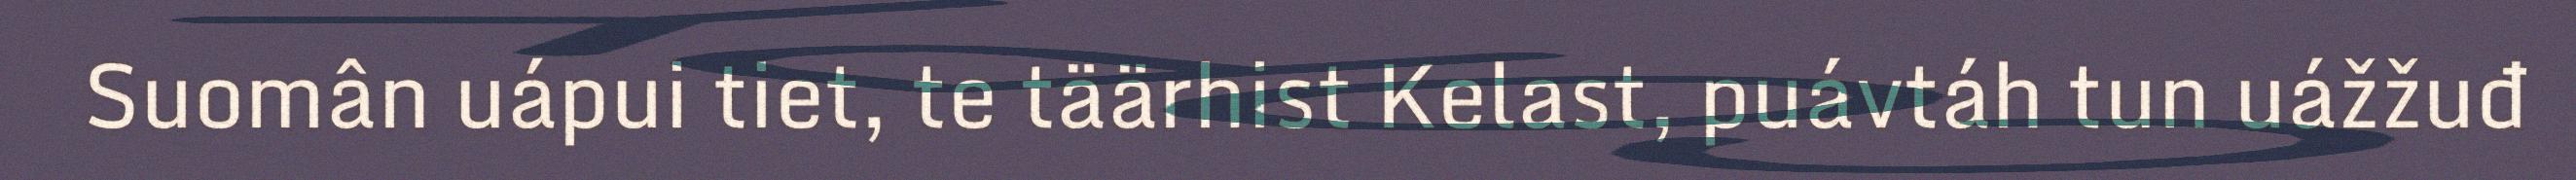
Suomân uápui tiet, te täärhist Kelast, puávtáh tun uážžuđ